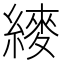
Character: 𬗴